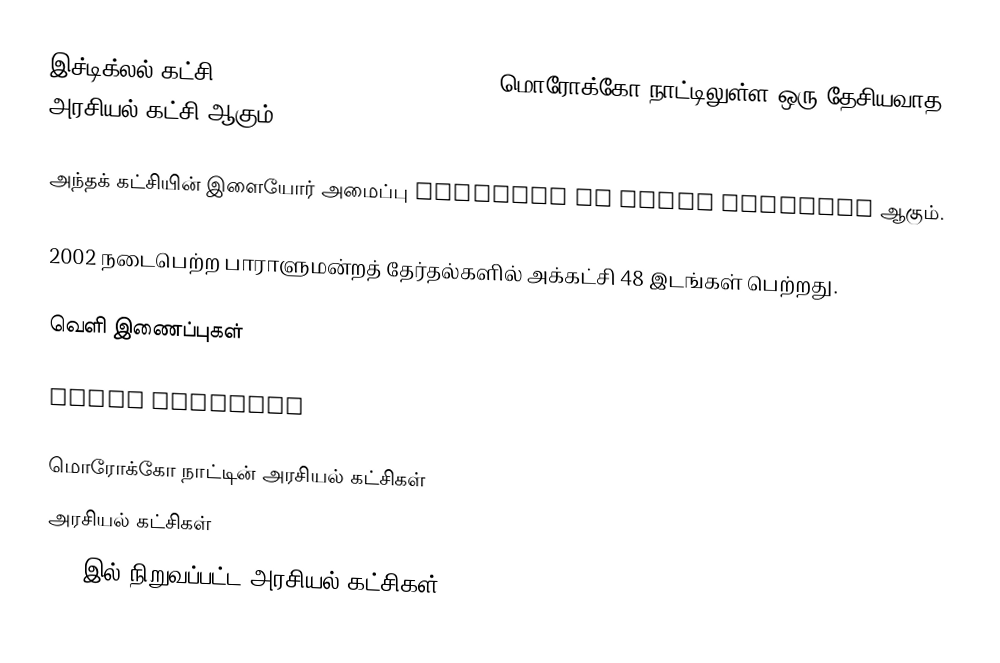
இச்டிக்லல் கட்சி (Parti Istiqlal, حزب الإستقلال) மொரோக்கோ நாட்டிலுள்ள ஒரு தேசியவாத அரசியல் கட்சி ஆகும்.

அந்தக் கட்சியின் இளையோர் அமைப்பு Jeunesse du Parti Istiqlal ஆகும்.

2002 நடைபெற்ற பாராளுமன்றத் தேர்தல்களில் அக்கட்சி 48 இடங்கள் பெற்றது.

வெளி இணைப்புகள்

Parti Istiqlal

மொரோக்கோ நாட்டின் அரசியல் கட்சிகள்
அரசியல் கட்சிகள்
1944இல் நிறுவப்பட்ட அரசியல் கட்சிகள்